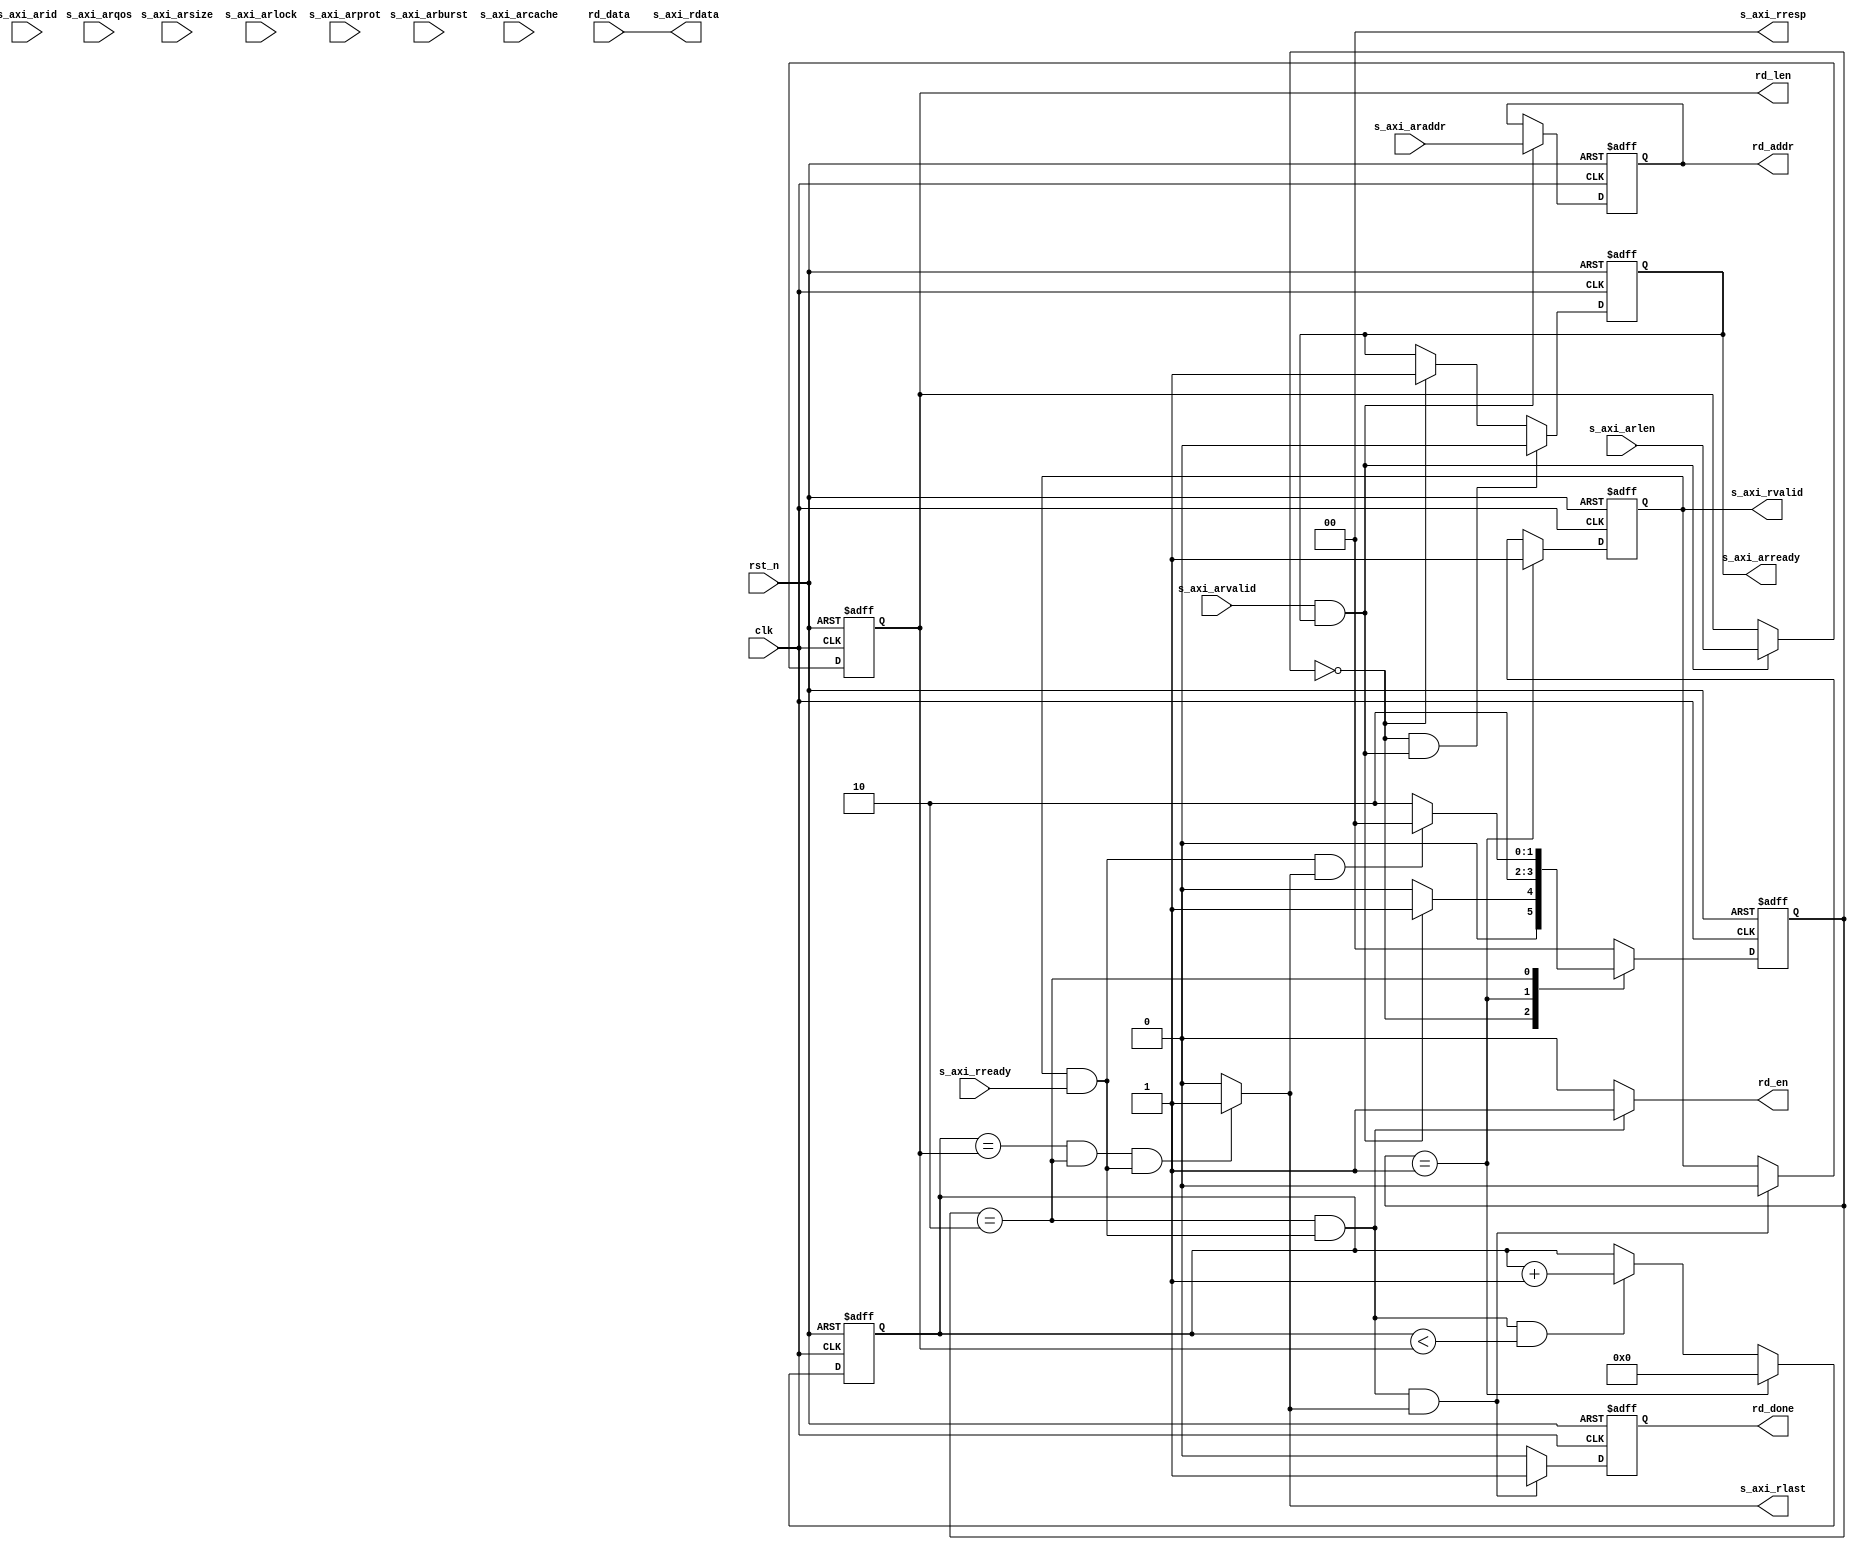
`timescale 1ns / 1ps
//////////////////////////////////////////////////////////////////////////////////
// Module Name: axi_slave_rd
// Description: AXI, 
//////////////////////////////////////////////////////////////////////////////////


module axi_slave_rd(
        //
        input   wire        clk              ,
        input   wire        rst_n            ,
        output  reg  [29:0] rd_addr          , //
        input   wire [63:0] rd_data          , //
        output  wire        rd_en            , //
        output  reg  [7:0]  rd_len           , //
        output  reg         rd_done          , //
        
        //AXI4
        input   wire [3:0]  s_axi_arid      , 
        input   wire [29:0] s_axi_araddr    ,
        input   wire [7:0]  s_axi_arlen     , //
        input   wire [2:0]  s_axi_arsize    , //(Byte)
        input   wire [1:0]  s_axi_arburst   , //
        input   wire        s_axi_arlock    , 
        input   wire [3:0]  s_axi_arcache   , 
        input   wire [2:0]  s_axi_arprot    ,
        input   wire [3:0]  s_axi_arqos     ,
        input   wire        s_axi_arvalid   , //valid
        output  reg         s_axi_arready   , //
        
        //
        output  wire [63:0] s_axi_rdata     , //
        output  wire [1:0]  s_axi_rresp     , //
        output  reg         s_axi_rlast     , //
        output  reg         s_axi_rvalid    , //
        input   wire        s_axi_rready      //ready
    );
    
    parameter   IDLE    =   2'b00, //,
                R_WAIT  =   2'b01, //
                R       =   2'b10; //
    
    //
    assign s_axi_rresp = 2'b0;
                
    //
    wire    s_axi_r_handshake;  //
    wire    s_axi_ar_handshake; //
    
    assign  s_axi_r_handshake  = s_axi_rvalid & s_axi_rready;
    assign  s_axi_ar_handshake = s_axi_arvalid & s_axi_arready;
                
    //
    reg [1:0]   state       ;
    reg [1:0]   next_state  ;
    
    
    reg [7:0]   cnt_r_burst ; //
    
    
    //
    always@(posedge clk or negedge rst_n) begin
        if(~rst_n) begin
            state <= IDLE;
        end else begin
            state <= next_state;
        end
    end
    
    //
    //next_state
    always@(*) begin
        case(state)
            IDLE: begin
                if(s_axi_ar_handshake) begin //
                    next_state = R_WAIT;
                end else begin
                    next_state = IDLE;
                end
            end
            
            R_WAIT: begin
                next_state = R;
            end
            
            R: begin
                if(s_axi_r_handshake && s_axi_rlast) begin // ,
                    next_state = IDLE;
                end else begin
                    next_state = R;
                end
            end
            
            default: begin
                next_state = IDLE;
            end
        endcase
    end
    
    //, 
    //rd_len/rd_addr
    always@(posedge clk or negedge rst_n) begin
        if(~rst_n) begin
            rd_len <= 8'd0;
            rd_addr<= 30'b0;
        end else if(s_axi_ar_handshake) begin  //, len
            rd_len <= s_axi_arlen;
            rd_addr<= s_axi_araddr;
        end else begin
            rd_len <= rd_len;
            rd_addr<= rd_addr;
        end
    end
    
    //cnt_r_burst
    always@(posedge clk or negedge rst_n) begin
        if(~rst_n) begin
            cnt_r_burst <= 8'd0;
        end else if(state == R_WAIT) begin
            cnt_r_burst <= 8'd0;
        end else if(state == R && s_axi_r_handshake && cnt_r_burst < rd_len) begin //,,
            cnt_r_burst <= cnt_r_burst + 8'd1;
        end else begin
            cnt_r_burst <= cnt_r_burst;
        end
    end
    
    
    always@(*) begin
        if((cnt_r_burst == rd_len) && (state == R) && s_axi_r_handshake) begin //
            s_axi_rlast = 1'b1;
        end else begin
            s_axi_rlast = 1'b0;
        end
    end
    
    
    //s_axi_arready
    //ready
    always@(posedge clk or negedge rst_n) begin
        if(~rst_n) begin
            s_axi_arready <= 1'b1;
        end else if(state == IDLE && s_axi_ar_handshake) begin //
            s_axi_arready <= 1'b0;
        end else if(state == IDLE) begin  //IDLE
            s_axi_arready <= 1'b1;
        end else begin
            s_axi_arready <= s_axi_arready;
        end
    end
    
    //valid
    //s_axi_rvalid
    always@(posedge clk or negedge rst_n) begin
        if(~rst_n) begin
            s_axi_rvalid <= 1'b0;
        end else if(state == R_WAIT) begin
            s_axi_rvalid <= 1'b1;
        end else if(state == R && s_axi_r_handshake && s_axi_rlast) begin //,
            s_axi_rvalid <= 1'b0;
        end else begin
            s_axi_rvalid <= s_axi_rvalid;
        end
    end
    
    //
    assign rd_en = (state == R && s_axi_r_handshake)?1'b1:1'b0;
    
    //
    //rd_done
    always@(posedge clk or negedge rst_n) begin
        if(~rst_n) begin
            rd_done <= 1'b0;
        end else if(state == R && s_axi_r_handshake && s_axi_rlast) begin //,
            rd_done <= 1'b1;
        end else begin
            rd_done <= 1'b0;
        end
    end
    
    //s_axi_rdata
    assign s_axi_rdata = rd_data;
    
            
endmodule